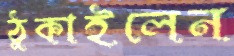
ঠুকাইলেন